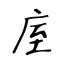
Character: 庢